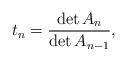
LaTeX: \begin{align*} t_n = \frac{\det A_n}{\det A_{n-1}},\end{align*}